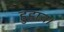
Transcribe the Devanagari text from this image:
हुहाव।